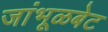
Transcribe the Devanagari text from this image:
जांभूळबेट